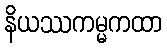
နိယဿကမ္မကထာ